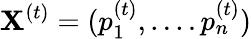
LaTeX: \mathbf{X}^{(t)}=(p_{1}^{(t)},....p_{n}^{(t)})